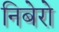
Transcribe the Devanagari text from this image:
निबेरो